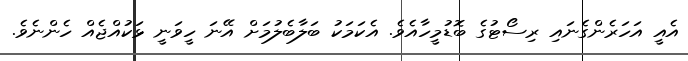
އެއީ އަހަރެންގެނައި ރިސޯޓުގެ ބޮޑުމީހާއެވެ. އެކަމަކު ބަލާބެލުމަށް އޭނަ ހީވަނީ ޅަކުއްޖެއް ހެންނެވެ.